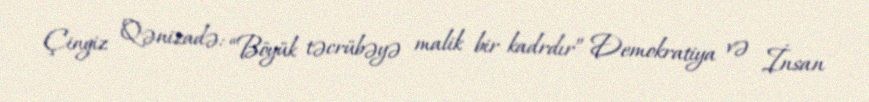
Çingiz Qənizadə: “Böyük təcrübəyə malik bir kadrdır” Demokratiya və İnsan